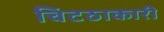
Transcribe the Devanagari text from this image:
चिटठाकारी